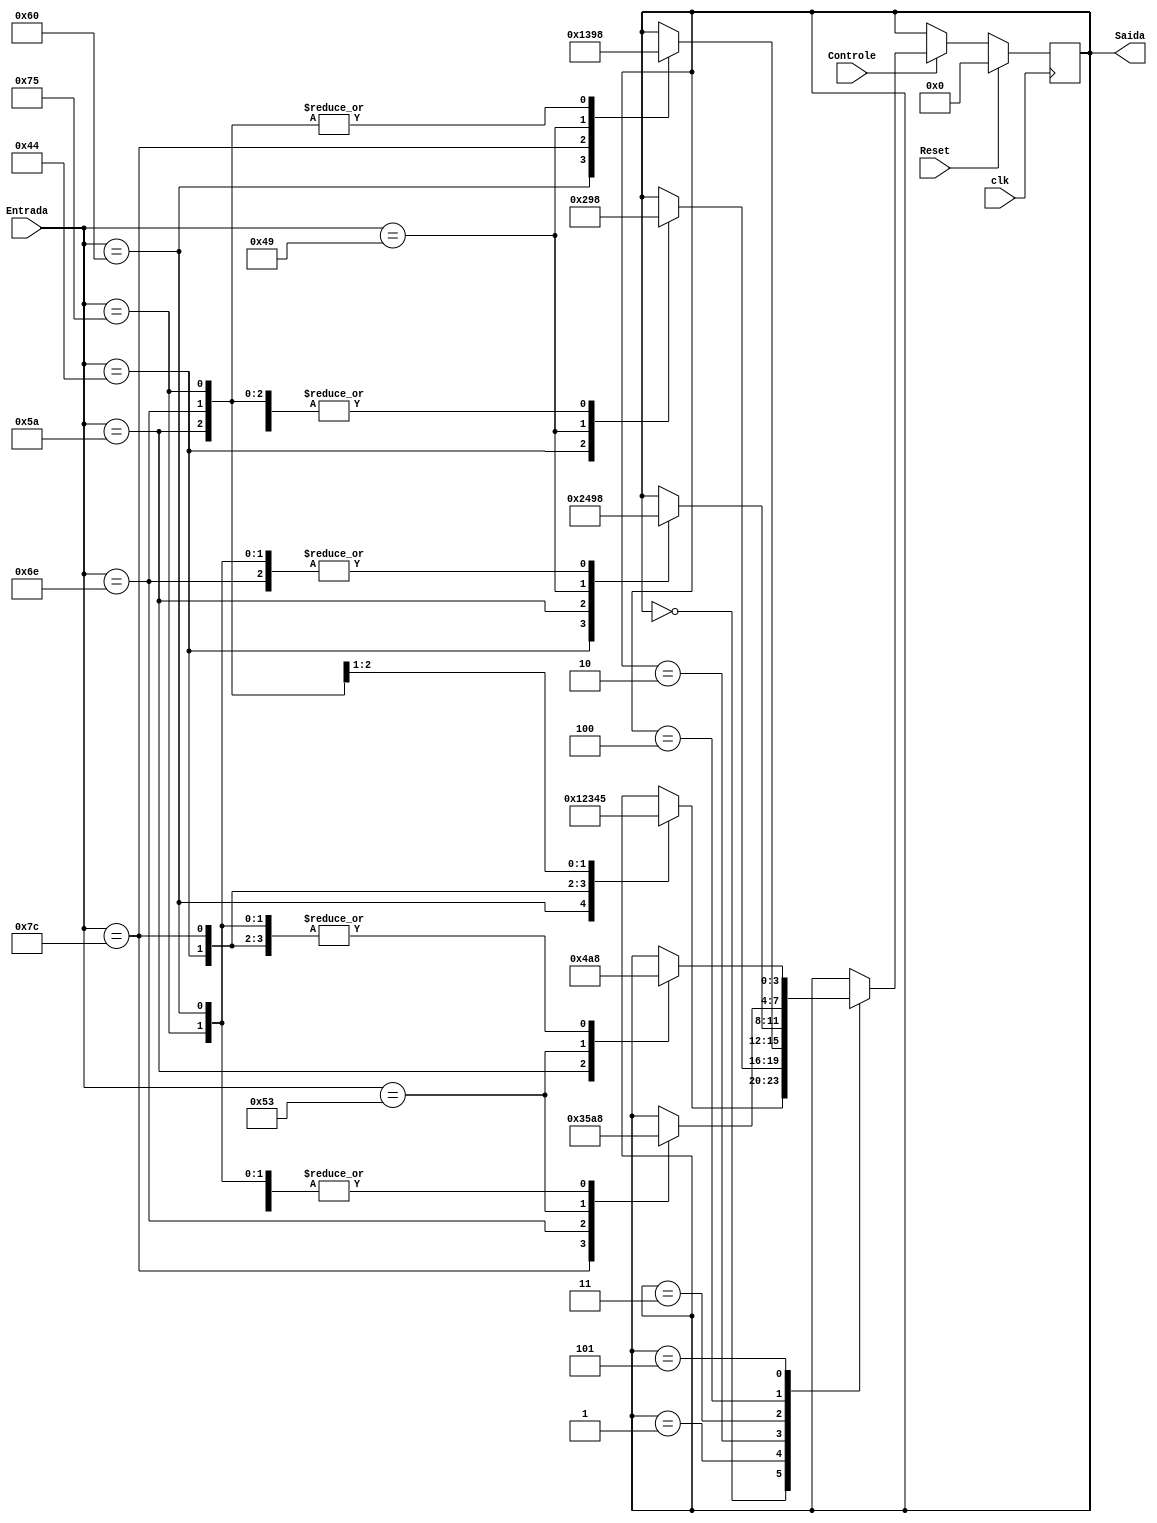
module DecodificadorMaq(
    input [6:0] Entrada,
    input Controle, clk, Reset,
    output reg [3:0] Saida
);  
    initial begin
        Saida = 4'b0000;
    end
    always @(posedge clk) begin
        if (Reset)
            Saida = 4'b0000;
        else begin if (Controle) begin    
            case (Saida)
                4'b0000:case (Entrada)
                            7'b1100000: Saida = 4'b0001;
                            7'b1000100: Saida = 4'b0010;
                            7'b1111100: Saida = 4'b0011;
                            7'b1011010: Saida = 4'b0100;
                            7'b1101110: Saida = 4'b0101;
                        endcase 
                4'b0001:case (Entrada)
                            7'b1000100: Saida = 4'b0010;
                            7'b1001001: Saida = 4'b1001;
                            7'b1111100: Saida = 4'b1000;
                            7'b1011010: Saida = 4'b1000;
                            7'b1101110: Saida = 4'b1000;
                            7'b1110101: Saida = 4'b1000;
                        endcase
                4'b0010:case (Entrada)
                            7'b1100000: Saida = 4'b0001;
                            7'b1111100: Saida = 4'b0011;
                            7'b1001001: Saida = 4'b1001;
                            7'b1011010: Saida = 4'b1000;
                            7'b1101110: Saida = 4'b1000;
                            7'b1110101: Saida = 4'b1000;  
                        endcase
                4'b0011:case (Entrada)
                            7'b1000100: Saida = 4'b0010;
                            7'b1011010: Saida = 4'b0100;
                            7'b1001001: Saida = 4'b1001;
                            7'b1100000: Saida = 4'b1000;
                            7'b1101110: Saida = 4'b1000;
                            7'b1110101: Saida = 4'b1000;
                        endcase
                4'b0100:case (Entrada)
                            7'b1111100: Saida = 4'b0011;
                            7'b1101110: Saida = 4'b0101;
                            7'b1010011: Saida = 4'b1010;
                            7'b1100000: Saida = 4'b1000;
                            7'b1000100: Saida = 4'b1000;
                            7'b1110101: Saida = 4'b1000;
                        endcase    
                4'b0101:case (Entrada)
                            7'b1011010: Saida = 4'b0100;
                            7'b1010011: Saida = 4'b1010;
                            7'b1100000: Saida = 4'b1000;
                            7'b1000100: Saida = 4'b1000;
                            7'b1111100: Saida = 4'b1000;
                            7'b1110101: Saida = 4'b1000;
                        endcase
            endcase
        end
        end    
    end
endmodule